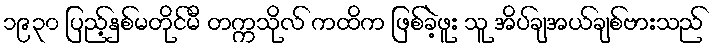
၁၉၃၀ ပြည့်နှစ်မတိုင်မီ တက္ကသိုလ် ကထိက ဖြစ်ခဲ့ဖူး သူ အိပ်ချအယ်ချစ်ဗားသည်